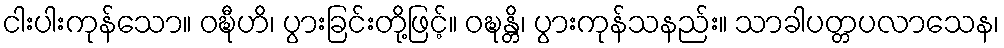
ငါးပါးကုန်သော။ ဝဍ္ဎီဟိ၊ ပွားခြင်းတို့ဖြင့်။ ဝဍ္ဎန္တိ၊ ပွားကုန်သနည်း။ သာခါပတ္တပလာသေန၊